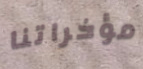
مؤخراتنا